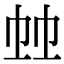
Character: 𢂉